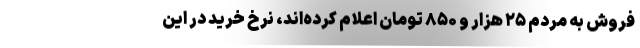
فروش به مردم ۲۵ هزار و ۸۵۰ تومان اعلام کرده‌اند، نرخ خرید در این